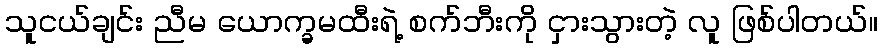
သူငယ်ချင်း ညီမ ယောက္ခမထီးရဲ့ စက်ဘီးကို ငှားသွားတဲ့ လူ ဖြစ်ပါတယ်။